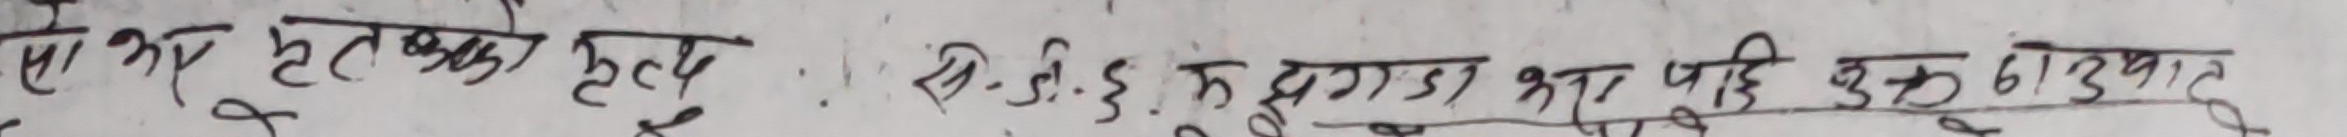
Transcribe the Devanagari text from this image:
ऐ. आर. मृतको कर्तव्य : सी. डि. ई. कुरागाह द्वारा परि ६१३९बाट